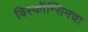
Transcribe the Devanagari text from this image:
विस्कॉन्सिनचा